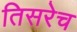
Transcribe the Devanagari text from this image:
तिसरेच